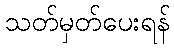
သတ်မှတ်ပေးရန်